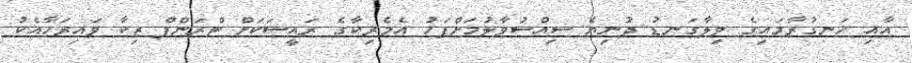
އާއި ހަނގުރާމައިގެ ވިލާގަނޑު ދުނިޔެ ސިއްސުވާލުމަށްފަހު އެމެރިކާގެ ރައީސަކަށް ޓްރަންޕް ޒިކާ ވައިރަހާއެކު